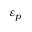
\varepsilon _ { p }